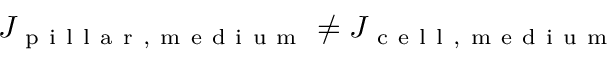
J _ { \mathrm { ~ p ~ i ~ l ~ l ~ a ~ r ~ , ~ m ~ e ~ d ~ i ~ u ~ m ~ } } \neq J _ { \mathrm { ~ c ~ e ~ l ~ l ~ , ~ m ~ e ~ d ~ i ~ u ~ m ~ } }